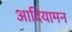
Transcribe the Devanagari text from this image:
आदियामन